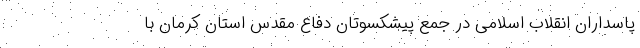
پاسداران انقلاب اسلامی در جمع پیشکسوتان دفاع مقدس استان کرمان با